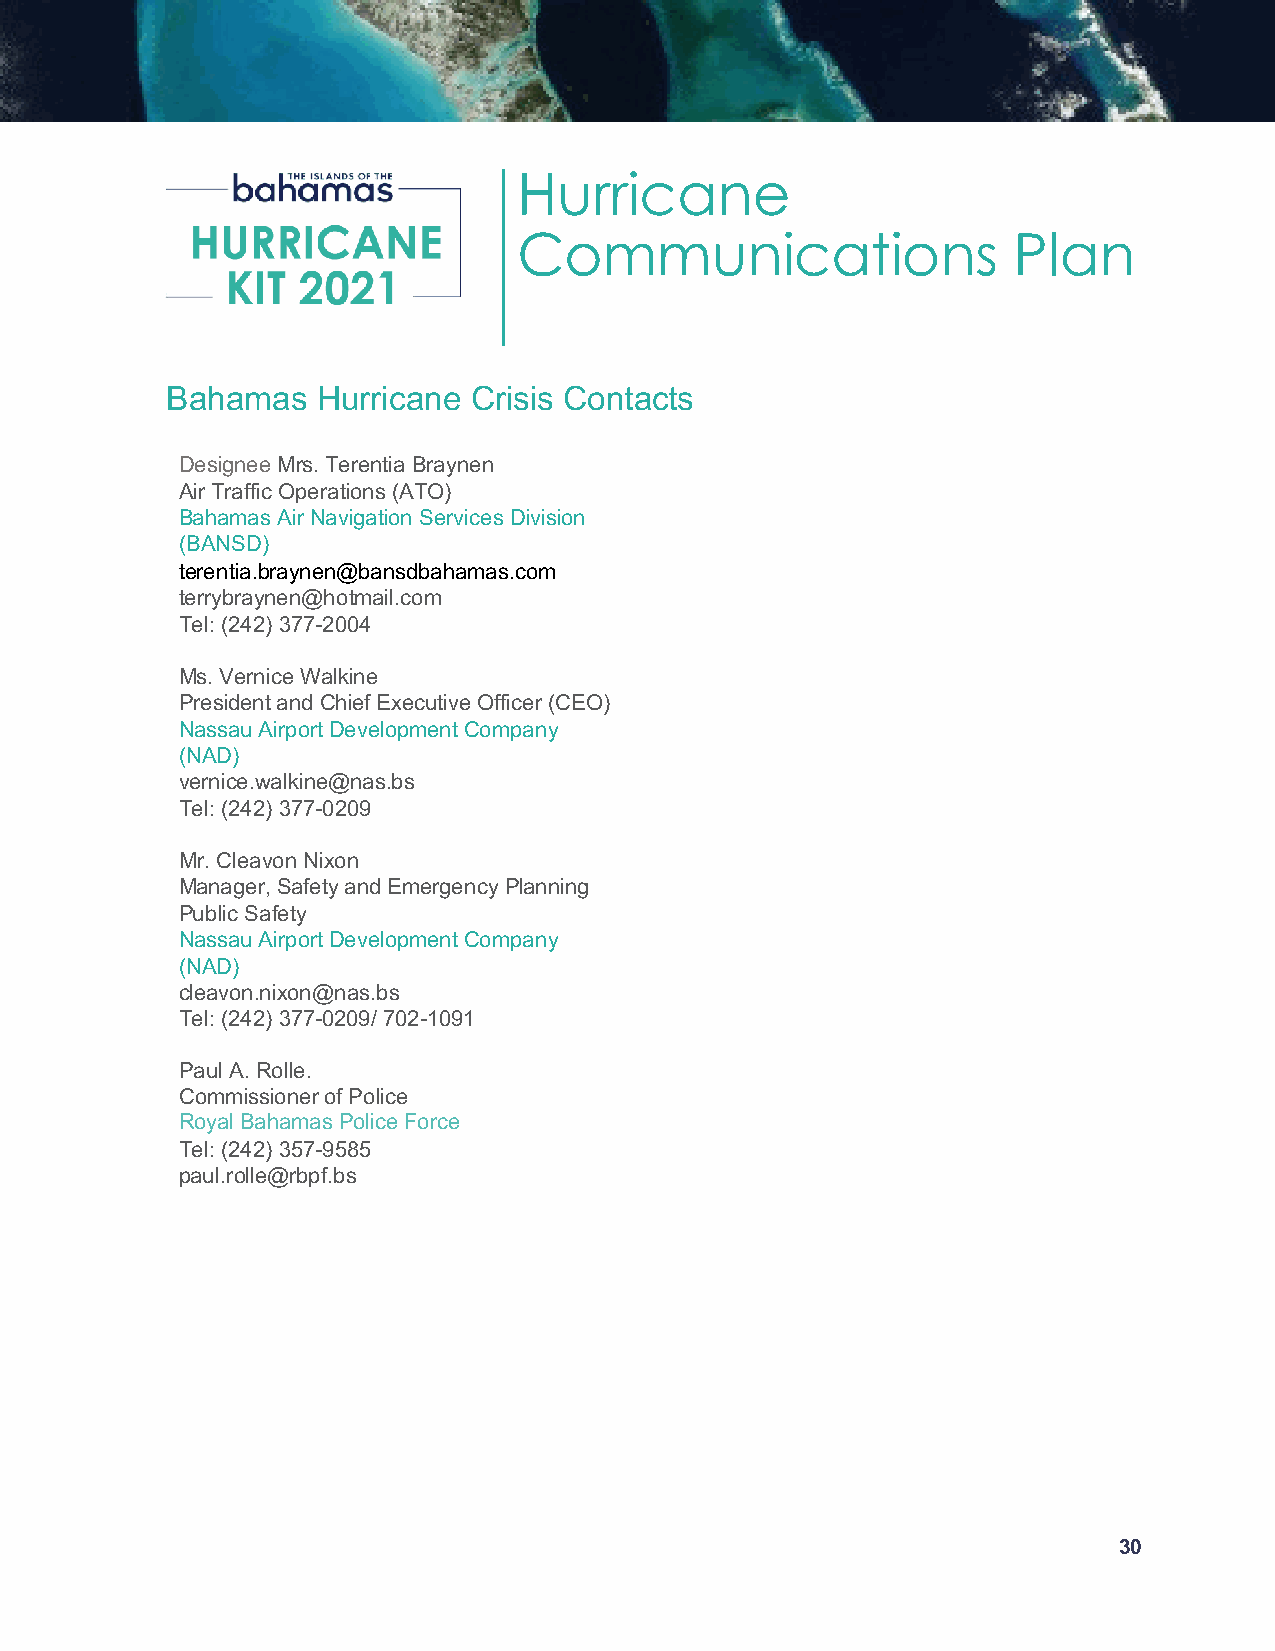
Hurricane
 Communications                   Plan
 Bahamas   Hurricane Crisis Contacts
 Designee Mrs. Terentia Braynen
 Air Traffic Operations (ATO)
 Bahamas Air Navigation Services Division
 (BANSD)
 terentia.braynen@bansdbahamas.com
 terrybraynen@hotmail.com
 Tel: (242) 377-2004
 Ms. Vernice Walkine
 President and Chief Executive Officer (CEO)
 Nassau Airport Development Company
 (NAD)
 vernice.walkine@nas.bs
 Tel: (242) 377-0209
 Mr. Cleavon Nixon
 Manager, Safety and Emergency Planning
 Public Safety
 Nassau Airport Development Company
 (NAD)
 cleavon.nixon@nas.bs
 Tel: (242) 377-0209/ 702-1091
 Paul A. Rolle.
 Commissioner of Police
 Royal Bahamas Police Force
 Tel: (242) 357-9585
 paul.rolle@rbpf.bs
 30